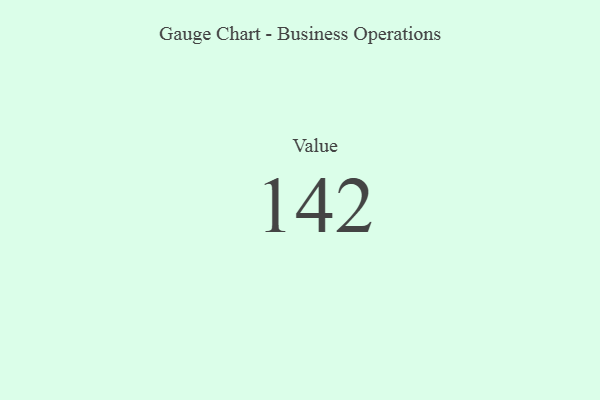
{"axis": {"x": "Metric", "y": "Value"}, "legend": [""], "data": [{"x": "Value", "y": 142, "type": ""}]}